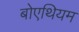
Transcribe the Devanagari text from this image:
बोएथियम